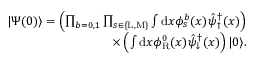
\begin{array} { r } { | \Psi ( 0 ) \rangle = \left( \prod _ { b = 0 , 1 } \prod _ { s \in \{ \mathrm { L } , \mathrm { M } \} } \int \mathrm { d } x \phi _ { s } ^ { b } ( x ) \hat { \psi } _ { \uparrow } ^ { \dagger } ( x ) \right) } \\ { \times \left( \int \mathrm { d } x \phi _ { \mathrm { R } } ^ { 0 } ( x ) \hat { \psi } _ { \downarrow } ^ { \dagger } ( x ) \right) | 0 \rangle . } \end{array}